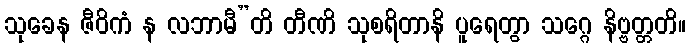
သုခေန ဇီဝိကံ န လဘာမီ”တိ တီဏိ သုစရိတာနိ ပူရေတွာ သဂ္ဂေ နိဗ္ဗတ္တတိ။